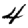
Digit: 4